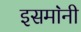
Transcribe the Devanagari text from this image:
इसमा॓नी